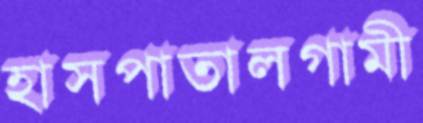
হাসপাতালগামী